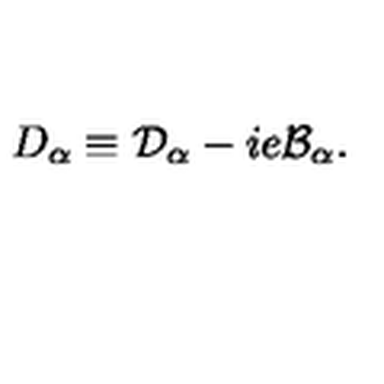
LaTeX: D _ { \alpha } \equiv \mathcal { D } _ { \alpha } - i e \mathcal { B } _ { \alpha } .